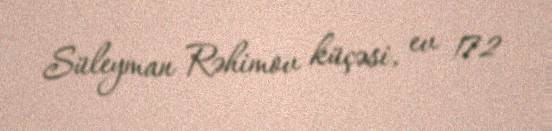
Süleyman Rəhimov küçəsi, ev 172